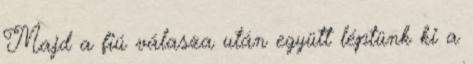
Majd a fiú válasza után együtt léptünk ki a